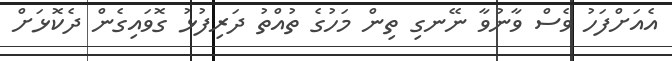
އެއަށްފަހު ވެސް ވާނުވާ ނޭނގި ތިން މަހުގެ ތުއްތު ދަރިފުޅު ގޮވައިގެން ދެކޮޅަށް